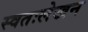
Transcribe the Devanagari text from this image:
स्वतःलेखन